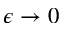
\epsilon \rightarrow 0